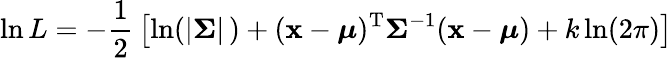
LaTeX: \ln L=-{\frac{1}{2}}\left[\ln(|{\boldsymbol{\Sigma}}|\, )+(\mathbf{x}-{\boldsymbol{\mu}})^{\mathrm{{T}}}{\boldsymbol{\Sigma}}^{-1}(\mathbf{x}-{\boldsymbol{\mu}})+k\ln(2\pi)\right]